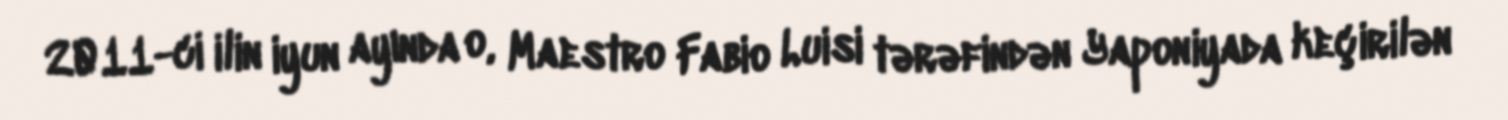
2011-ci ilin iyun ayında o, Maestro Fabio Luisi tərəfindən Yaponiyada keçirilən